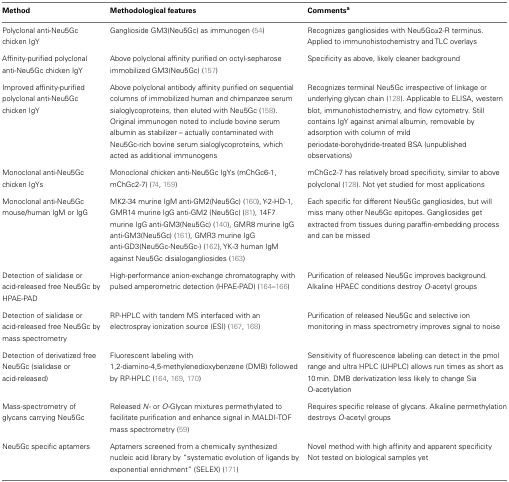
<table><thead><tr><td><b>Method</b></td><td><b>Methodological features</b></td><td><b>Comments<sup>a</sup></b></td></tr></thead><tbody><tr><td>Polyclonal anti-Neu5Gc chicken IgY</td><td>Ganglioside GM3(Neu5Gc) as immunogen (54)</td><td>Recognizes gangliosides with Neu5Gcα2-R terminus. Applied to immunohistochemistry and TLC overlays</td></tr><tr><td>Affinity-purified polyclonal anti-Neu5Gc chicken IgY</td><td>Above polyclonal affinity purified on octyl-sepharose immobilized GM3(Neu5Gc) (157)</td><td>Specificity as above, likely cleaner background</td></tr><tr><td>Improved affinity-purified polyclonal anti-Neu5Gc chicken IgY</td><td>Above polyclonal antibody affinity purified on sequential columns of immobilized human and chimpanzee serum sialoglycoproteins, then eluted with Neu5Gc (158). Original immunogen noted to include bovine serum albumin as stabilizer – actually contaminated with Neu5Gc-rich bovine serum sialoglycoproteins, which acted as additional immunogens</td><td>Recognizes terminal Neu5Gc irrespective of linkage or underlying glycan chain (128). Applicable to ELISA, western blot, immunohistochemistry, and flow cytometry. Still contains IgY against animal albumin, removable by adsorption with column of mild periodate-borohydride-treated BSA (unpublished observations)</td></tr><tr><td>Monoclonal anti-Neu5Gc chicken IgYs</td><td>Monoclonal chicken anti-Neu5Gc IgYs (mChGc6-1, mChGc2-7) (74, 159)</td><td>mChGc2-7 has relatively broad specificity, similar to above polyclonal (128). Not yet studied for most applications</td></tr><tr><td>Monoclonal anti-Neu5Gc mouse/human IgM or IgG</td><td>MK2-34 murine IgM anti-GM2(Neu5Gc) (160), Y-2-HD-1, GMR14 murine IgG anti-GM2 (Neu5Gc) (81), 14F7 murine IgG anti-GM3(Neu5Gc) (140), GMR8 murine IgG anti-GM3(Neu5Gc) (161), GMR3 murine IgG anti-GD3(Neu5Gc-Neu5Gc-) (162), YK-3 human IgM against Neu5Gc disialogangliosides (163)</td><td>Each specific for different Neu5Gc gangliosides, but will miss many other Neu5Gc epitopes. Gangliosides get extracted from tissues during paraffin-embedding process and can be missed</td></tr><tr><td>Detection of sialidase or acid-released free Neu5Gc by HPAE-PAD</td><td>High-performance anion-exchange chromatography with pulsed amperometric detection (HPAE-PAD) (164–166)</td><td>Purification of released Neu5Gc improves background. Alkaline HPAEC conditions destroy <i>O</i>-acetyl groups</td></tr><tr><td>Detection of sialidase or acid-released free Neu5Gc by mass spectrometry</td><td>RP-HPLC with tandem MS interfaced with an electrospray ionization source (ESI) (167, 168)</td><td>Purification of released Neu5Gc and selective ion monitoring in mass spectrometry improves signal to noise</td></tr><tr><td>Detection of derivatized free Neu5Gc (sialidase or acid-released)</td><td>Fluorescent labeling with 1,2-diamino-4,5-methylenedioxybenzene (DMB) followed by RP-HPLC (164, 169, 170)</td><td>Sensitivity of fluorescence labeling can detect in the pmol range and ultra HPLC (UHPLC) allows run times as short as 10 min. DMB derivatization less likely to change Sia O-acetylation</td></tr><tr><td>Mass-spectrometry of glycans carrying Neu5Gc</td><td>Released <i>N</i>- or <i>O</i>-Glycan mixtures permethylated to facilitate purification and enhance signal in MALDI-TOF mass spectrometry (59)</td><td>Requires specific release of glycans. Alkaline permethylation destroys <i>O</i>-acetyl groups</td></tr><tr><td>Neu5Gc specific aptamers</td><td>Aptamers screened from a chemically synthesized nucleic acid library by “systematic evolution of ligands by exponential enrichment” (SELEX) (171)</td><td>Novel method with high affinity and apparent specificity Not tested on biological samples yet</td></tr></tbody></table>